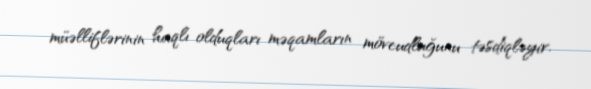
müəlliflərinin haqlı olduqları məqamların mövcudluğunu təsdiqləyir.